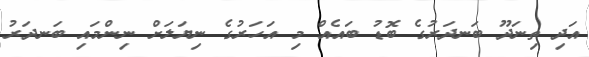
އަދި ތިނަދޫ ބަނދަރުގެ ބޮޑު ބައެއް މި އަހަރުގެ ނިޔަލަށް ނިންމައި ބަނދަރު